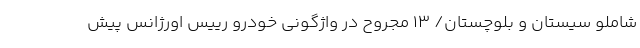
شاملو سیستان و بلوچستان/ ۱۳ مجروح در واژگونی خودرو رییس اورژانس پیش